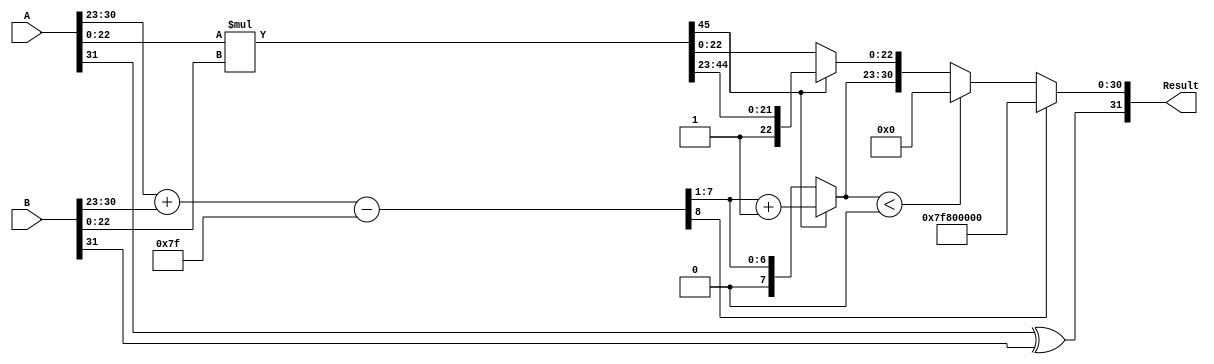
module fp_multiplier (
    input [31:0] A, // First floating-point operand
    input [31:0] B, // Second floating-point operand
    output reg [31:0] Result // Resulting floating-point product
);

    // Constants
    localparam BIAS = 8'd127;
    localparam EXPONENT_WIDTH = 8;
    localparam MANTISSA_WIDTH = 23;

    // Extracting sign, exponent, and mantissa
    wire sign_A = A[31];
    wire sign_B = B[31];
    wire [EXPONENT_WIDTH-1:0] exponent_A = A[30:23];
    wire [EXPONENT_WIDTH-1:0] exponent_B = B[30:23];
    wire [MANTISSA_WIDTH-1:0] mantissa_A = {1'b1, A[22:0]}; // Implicit leading 1
    wire [MANTISSA_WIDTH-1:0] mantissa_B = {1'b1, B[22:0]}; // Implicit leading 1

    // Sign calculation
    wire sign_result = sign_A ^ sign_B;

    // Exponent calculation
    wire [EXPONENT_WIDTH:0] exponent_sum = exponent_A + exponent_B - BIAS;
    wire [EXPONENT_WIDTH-1:0] exponent_result = exponent_sum[EXPONENT_WIDTH-1:1]; // Truncate to 8 bits
    wire overflow = exponent_sum[EXPONENT_WIDTH]; // Check for overflow

    // Mantissa calculation
    wire [MANTISSA_WIDTH*2-1:0] mantissa_product = mantissa_A * mantissa_B;
    wire [MANTISSA_WIDTH-1:0] mantissa_result = mantissa_product[MANTISSA_WIDTH*2-1:MANTISSA_WIDTH];

    // Normalization of mantissa
    reg [MANTISSA_WIDTH-1:0] normalized_mantissa;
    reg [EXPONENT_WIDTH-1:0] adjusted_exponent;
    always @* begin
        if (mantissa_product[MANTISSA_WIDTH*2-1] == 1) begin // Not normalized
            normalized_mantissa = mantissa_product[MANTISSA_WIDTH*2-1:MANTISSA_WIDTH];
            adjusted_exponent = exponent_result + 1; // Shift right, increase exponent
        end else begin
            normalized_mantissa = mantissa_product[MANTISSA_WIDTH-1:0];
            adjusted_exponent = exponent_result; // Already normalized
        end
    end

    // Final result assembly
    always @* begin
        // Handle overflow and underflow (not complete, further checks needed)
        if (overflow) begin
            Result = {sign_result, 8'b11111111, 23'b0}; // Set to Infinity
        end else if (adjusted_exponent < 0) begin
            Result = {sign_result, 8'b0, 23'b0}; // Set to zero
        end else begin
            Result = {sign_result, adjusted_exponent, normalized_mantissa[MANTISSA_WIDTH-1:0]};
        end
    end

endmodule